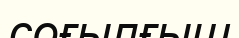
соғылғыш